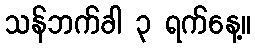
သန်ဘက်ခါ ၃ ရက်နေ့။